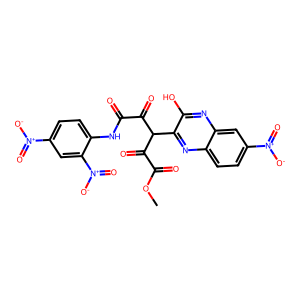
SMILES: COC(=O)C(=O)C(C(=O)C(=O)Nc1ccc([N+](=O)[O-])cc1[N+](=O)[O-])c1nc2ccc([N+](=O)[O-])cc2nc1O
Inhibits HIV replication: No